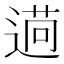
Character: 𦳖